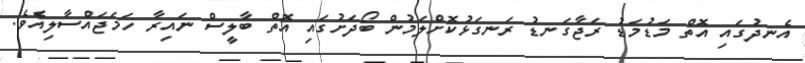
އެނދުގައި އޮތް މަޑުމަޑު ރަޖާގަނޑު ރަނގަޅުކޮށްލަމުން ބޯދަށުގައި އޮތް ބާލީސް ނައިރާ ހަމަޖައްސާލިއެވެ.